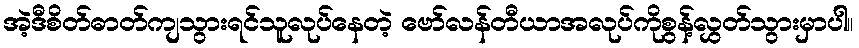
အဲ့ဒီစိတ်ဓာတ်ကျသွားရင်သူလုပ်နေတဲ့ ဗော်လန်တီယာအလုပ်ကိုစွန့်လွှတ်သွားမှာပါ။